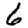
Digit: 6